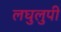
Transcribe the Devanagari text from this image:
लघुलुपी